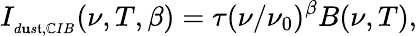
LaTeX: I_{{}_{d\mathbf{u}s\mathfrak{t},\mathbb{C}IB}}(\nu,T,\beta)=\tau(\nu/\nu_{0})^{\beta}B(\nu,T),